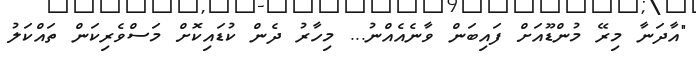
"އާދަނާ މިރޭ މުންޑޫއަށް ފައިބަން ވާނެއެއްނު... މިހާރު ދެން ކުޑައިކޮށް މަސްވެރިކަން ތައްކަލު